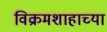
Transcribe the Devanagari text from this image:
विक्रमशाहाच्या